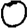
Digit: 0